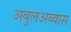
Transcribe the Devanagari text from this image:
अबुलअब्बास